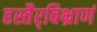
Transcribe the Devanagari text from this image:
हस्तैर्‌बिभ्राणं